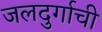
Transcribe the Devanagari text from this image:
जलदुर्गाची